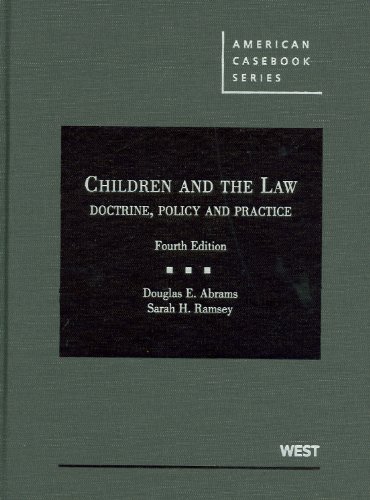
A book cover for Children and the Law: Doctrine, Policy and Practice (American Casebook Series); Douglas Abrams; Law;